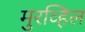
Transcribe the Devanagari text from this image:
मुरव्हिल